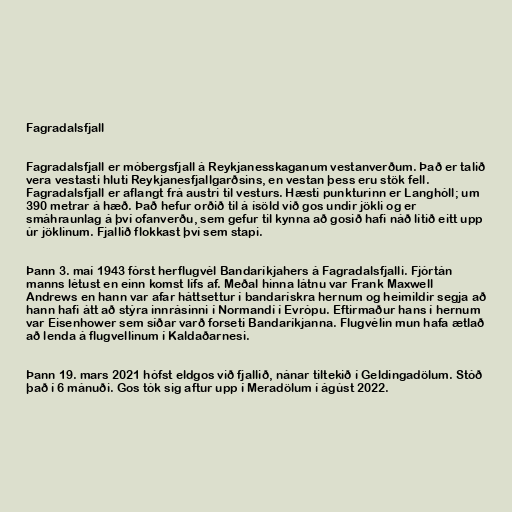
Fagradalsfjall

Fagradalsfjall er móbergsfjall á Reykjanesskaganum vestanverðum. Það er talið
vera vestasti hluti Reykjanesfjallgarðsins, en vestan þess eru stök fell.
Fagradalsfjall er aflangt frá austri til vesturs. Hæsti punkturinn er Langhóll; um
390 metrar á hæð. Það hefur orðið til á ísöld við gos undir jökli og er
smáhraunlag á því ofanverðu, sem gefur til kynna að gosið hafi náð lítið eitt upp
úr jöklinum. Fjallið flokkast því sem stapi.

Þann 3. maí 1943 fórst herflugvél Bandaríkjahers á Fagradalsfjalli. Fjórtán
manns létust en einn komst lífs af. Meðal hinna látnu var Frank Maxwell
Andrews en hann var afar háttsettur í bandarískra hernum og heimildir segja að
hann hafi átt að stýra innrásinni í Normandí í Evrópu. Eftirmaður hans í hernum
var Eisenhower sem síðar varð forseti Bandaríkjanna. Flugvélin mun hafa ætlað
að lenda á flugvellinum í Kaldaðarnesi.

Þann 19. mars 2021 hófst eldgos við fjallið, nánar tiltekið í Geldingadölum. Stóð
það í 6 mánuði. Gos tók sig aftur upp í Meradölum í ágúst 2022.